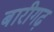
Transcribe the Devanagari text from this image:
बारीगढ़